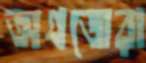
অগ্রজেরা